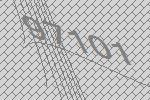
97101